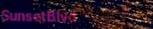
SunsetBlvd